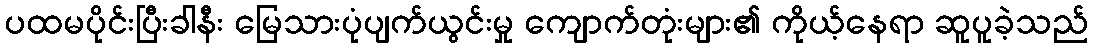
ပထမပိုင်းပြီးခါနီး မြေသားပုံပျက်ယွင်းမှု ကျောက်တုံးများ၏ ကိုယ့်နေရာ ဆူပူခဲ့သည်